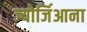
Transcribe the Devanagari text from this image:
ज्योर्जिआना